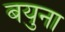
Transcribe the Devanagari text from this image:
बयुना